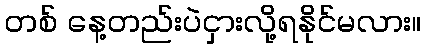
တစ် နေ့တည်းပဲငှားလို့ရနိုင်မလား။